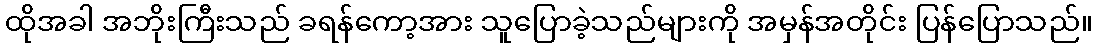
ထိုအခါ အဘိုးကြီးသည် ခရန်ကော့အား သူပြောခဲ့သည်များကို အမှန်အတိုင်း ပြန်ပြောသည်။